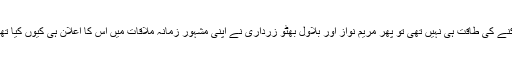
سوا ل تویہ ہے کہ جب اپوزیشن کے پاس بجٹ کو پاس ہونے سے روکنے کی طاقت ہی نہیں تھی تو پھر مریم نواز اور بلاول بھٹو زرداری نے اپنی مشہور زمانہ ملاقات میں اس کا اعلان ہی کیوں کیا تھا، درست ہے ناں،’ جب پال نہیں سکتے تو پھر پیدا ہی کیوں کرتے ہو؟